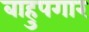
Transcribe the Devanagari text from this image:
बाहुपगार